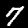
Label: 7